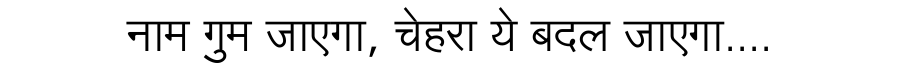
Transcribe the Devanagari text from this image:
नाम गुम जाएगा, चेहरा ये बदल जाएगा....